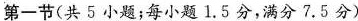
第一节(共5小题;每小题1.5分，满分7.5分)